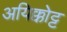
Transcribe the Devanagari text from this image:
अयिक्कोट्ट